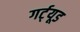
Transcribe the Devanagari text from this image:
गर्ट्‌यूड